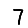
Digit: 7